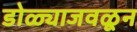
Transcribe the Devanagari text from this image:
डोळ्याजवळून